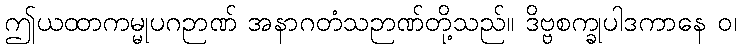
ဤယထာကမ္မုပဂဉာဏ် အနာဂတံသဉာဏ်တို့သည်။ ဒိဗ္ဗစက္ခုပါဒကာနေ ဝ၊